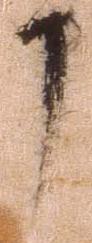
了